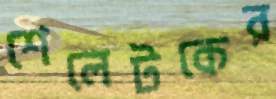
শেলেটকের